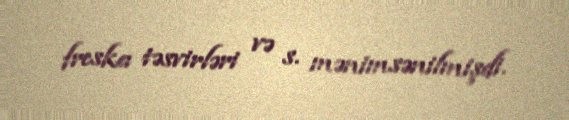
freska təsvirləri və s. mənimsənilmişdi.